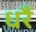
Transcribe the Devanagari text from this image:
धरैं